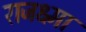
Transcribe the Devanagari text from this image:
राजक्ष्मा